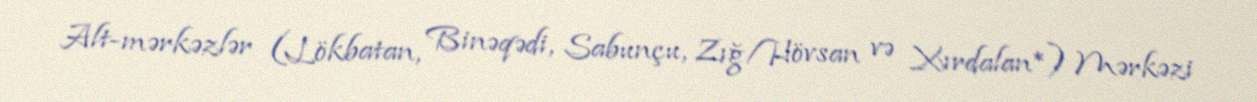
Alt-mərkəzlər (Lökbatan, Binəqədi, Sabunçu, Zığ/Hövsan və Xırdalan*) Mərkəzi